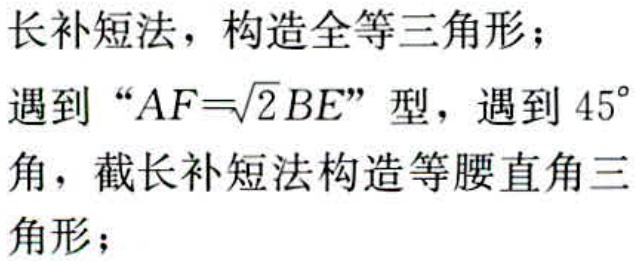
长补短板，构造全等三角形；
遇到“\(AF = \sqrt{2}BE\)”型，遇到\(45^{\circ}\)角，截长补短法构造等腰直角三角形；